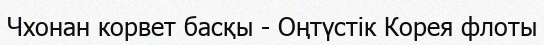
Чхонан корвет басқы - Оңтүстік Корея флоты